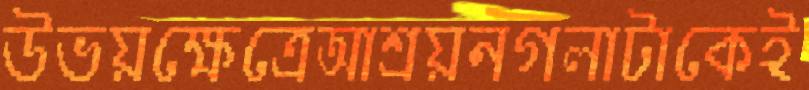
উভয়ক্ষেত্রেআশ্রয়নগলাটাকেই